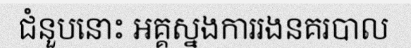
ជំនួបនោះ អគ្គស្នងការរងនគរបាល